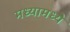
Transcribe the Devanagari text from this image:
मध्यामध्ये